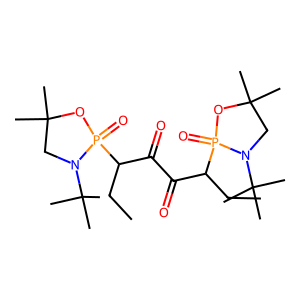
SMILES: CCC(C(=O)C(=O)C(CC)P1(=O)OC(C)(C)CN1C(C)(C)C)P1(=O)OC(C)(C)CN1C(C)(C)C
Inhibits HIV replication: No